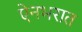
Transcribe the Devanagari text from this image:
ऐनभरात